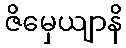
ဇိမှေယျာနိ